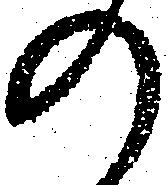
の